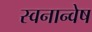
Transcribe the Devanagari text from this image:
स्वनान्वेष